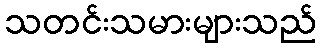
သတင်းသမားများသည်